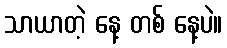
သာယာတဲ့ နေ့ တစ် နေ့ပဲ။